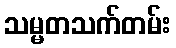
သမ္မတသက်တမ်း